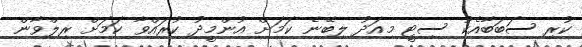
ކުރި ސަބަބާއެކު ސިޓީ މިއަދު ލިބޭނެ ކަމަށް އުންމީދު ކުރައްވާ ކަމަށް ރިލްވާން